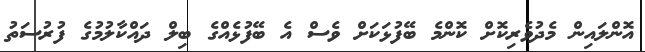
އޮންލައިން މެދުވެރިކޮށް ކޮންމެ ބޭފުޅަކަށް ވެސް އެ ބޭފުޅެއްގެ ބިލް ދައްކާލުމުގެ ފުރުސަތު